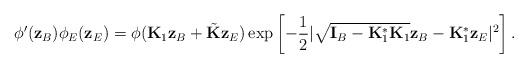
LaTeX: \begin{align*}\phi ^{\prime }(\mathbf{z}_{B})\phi _{E}(\mathbf{z}_{E})=\phi (\mathbf{K}_{1}\mathbf{z} _{B}+\tilde{\mathbf{K}}\mathbf{z}_{E})\exp \left[ -\frac{1}{2}|\sqrt{\mathbf{I}_{B} -\mathbf{K}_{1}^{\ast }\mathbf{K}_{1}}\mathbf{z}_{B}-\mathbf{K}_{1}^{\ast }\mathbf{z} _{E}|^{2}\right] . \end{align*}